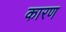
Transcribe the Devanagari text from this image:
कारण